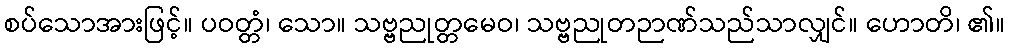
စပ်သောအားဖြင့်။ ပဝတ္တံ၊ သော။ သဗ္ဗညုတ္တမေဝ၊ သဗ္ဗညုတဉာဏ်သည်သာလျှင်။ ဟောတိ၊ ၏။